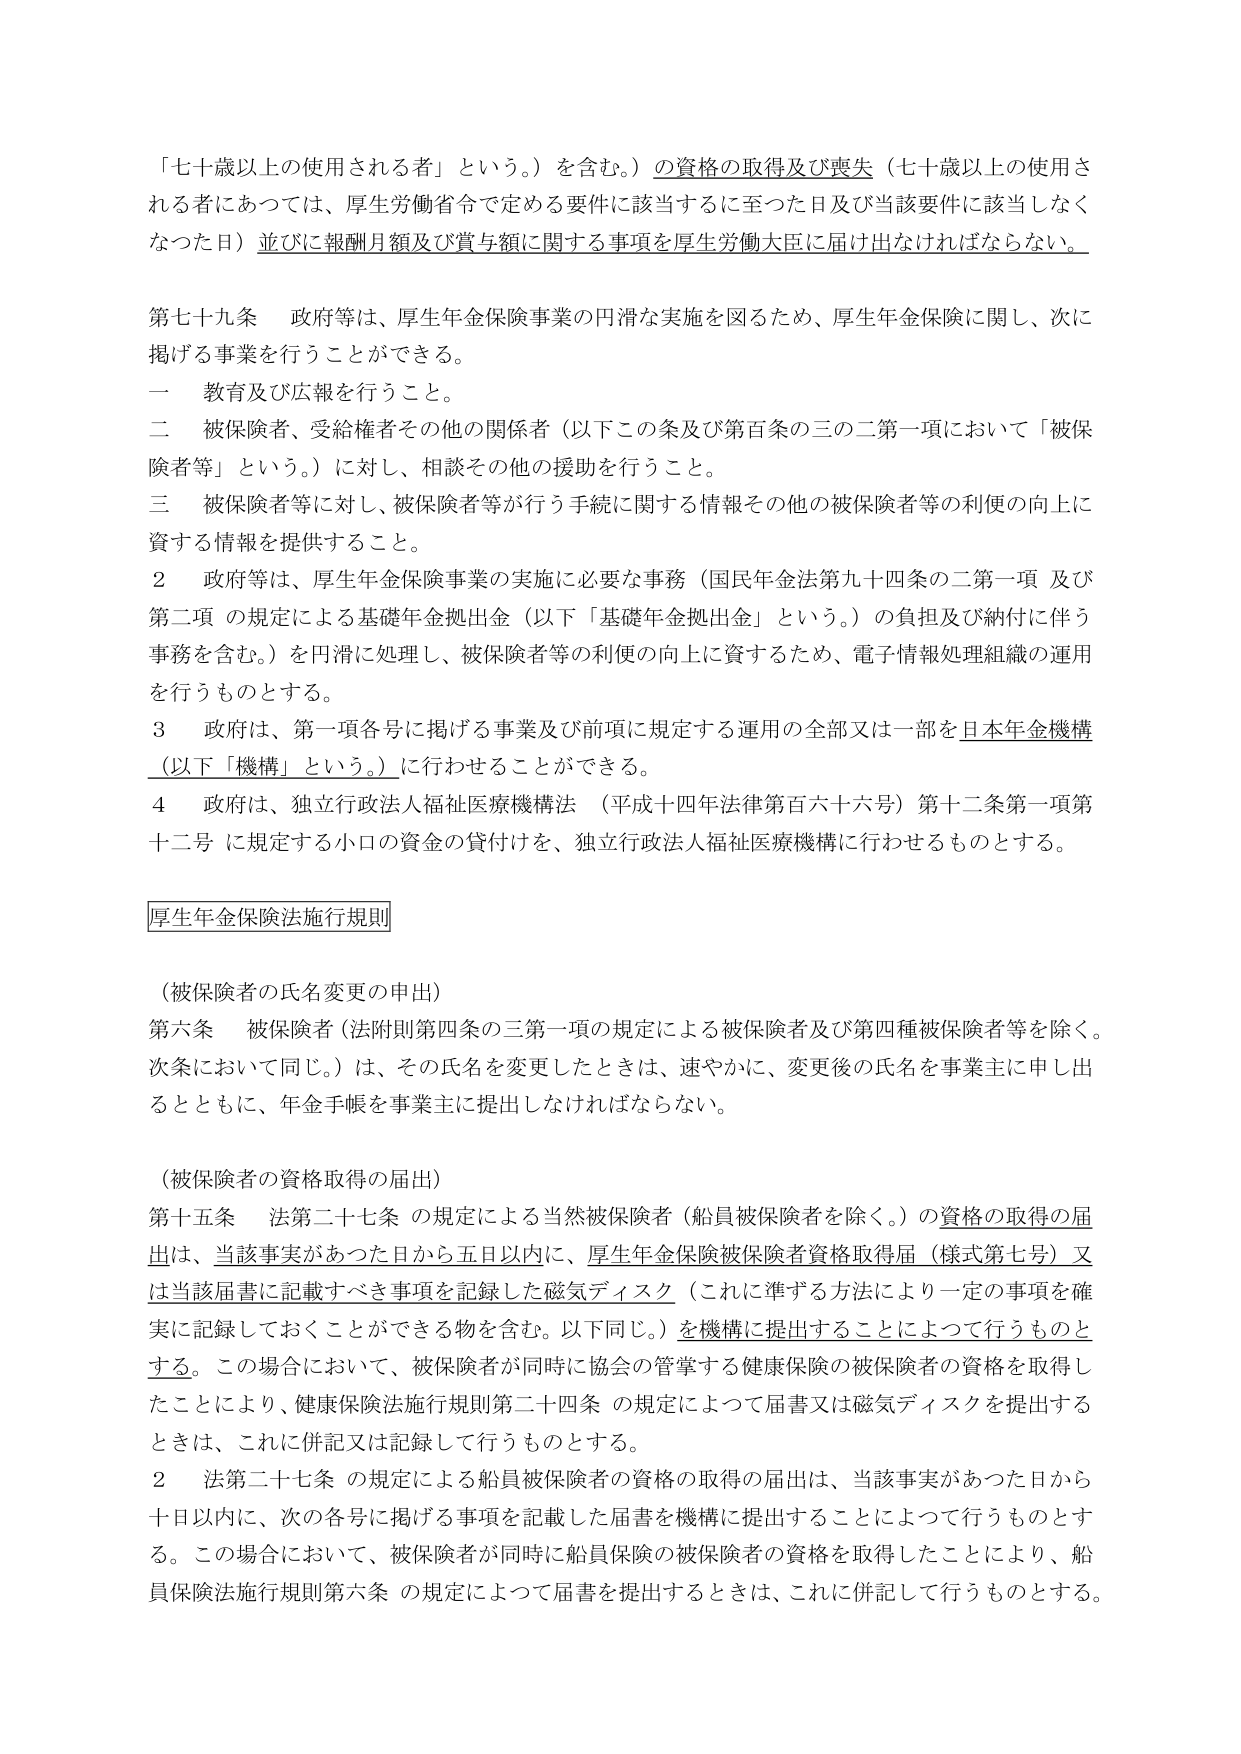
「七十歳以上の使用される者」という。）を含む。）の資格の取得及び喪失（七十歳以上の使用される者にあつては、厚生労働省令で定める要件に該当するに至つた日及び当該要件に該当しなくなつた日）並びに報酬月額及び賞与額に関する事項を厚生労働大臣に届け出なければならない。

第七十九条　政府等は、厚生年金保険事業の円滑な実施を図るため、厚生年金保険に関し、次に掲げる事業を行うことができる。

一　教育及び広報を行うこと。

二　被保険者、受給権者その他の関係者（以下この条及び第百条の三の二第一項において「被保険者等」という。）に対し、相談その他の援助を行うこと。

三　被保険者等に対し、被保険者等が行う手続に関する情報その他の被保険者等の利便の向上に資する情報を提供すること。

２　政府等は、厚生年金保険事業の実施に必要な事務（国民年金法第九十四条の二第一項及び第二項の規定による基礎年金拠出金（以下「基礎年金拠出金」という。）の負担及び納付に伴う事務を含む。）を円滑に処理し、被保険者等の利便の向上に資するため、電子情報処理組織の運用を行うものとする。

３　政府は、第一項各号に掲げる事業及び前項に規定する運用の全部又は一部を日本年金機構（以下「機構」という。）に行わせることができる。

４　政府は、独立行政法人福祉医療機構法（平成十四年法律第百六十六号）第十二条第一項第十二号に規定する小口の資金の貸付けを、独立行政法人福祉医療機構に行わせるものとする。

厚生年金保険法施行規則

（被保険者の氏名変更の申出）

第六条　被保険者（法附則第四条の三第一項の規定による被保険者及び第四種被保険者等を除く。次条において同じ。）は、その氏名を変更したときは、速やかに、変更後の氏名を事業主に申し出るとともに、年金手帳を事業主に提出しなければならない。

（被保険者の資格取得の届出）

第十五条　法第二十七条の規定による当然被保険者（船員被保険者を除く。）の資格の取得の届出は、当該事実があつた日から五日以内に、厚生年金保険被保険者資格取得届（様式第七号）又は当該届書に記載すべき事項を記録した磁気ディスク（これに準ずる方法により一定の事項を確実に記録しておくことができる物を含む。以下同じ。）を機構に提出することによつて行うものとする。この場合において、被保険者が同時に協会の管掌する健康保険の被保険者の資格を取得したことにより、健康保険法施行規則第二十四条の規定によつて届書又は磁気ディスクを提出するときは、これに併記又は記録して行うものとする。

２　法第二十七条の規定による船員被保険者の資格の取得の届出は、当該事実があつた日から十日以内に、次の各号に掲げる事項を記載した届書を機構に提出することによつて行うものとする。この場合において、被保険者が同時に船員保険の被保険者の資格を取得したことにより、船員保険法施行規則第六条の規定によつて届書を提出するときは、これに併記して行うものとする。